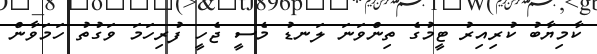
ކާމިޔާބު ކުރިއިރު ޓީމުގެ ތިންވަނަ ލަނޑު މެސީ ޖެހީ ފުރިހަމަ ވަގުތު ހަމަވާން